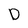
Character: D